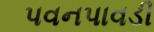
પવનપાવડી